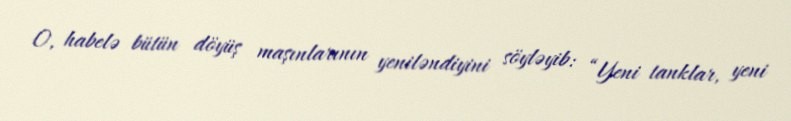
O, habelə bütün döyüş maşınlarının yeniləndiyini söyləyib: “Yeni tanklar, yeni